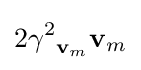
2{{{\gamma }^{2}}_{\mathbf {v} _{m}}}\mathbf {v} _{m}